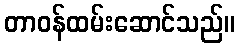
တာဝန်ထမ်းဆောင်သည်။